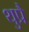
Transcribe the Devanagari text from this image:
थुप्रै